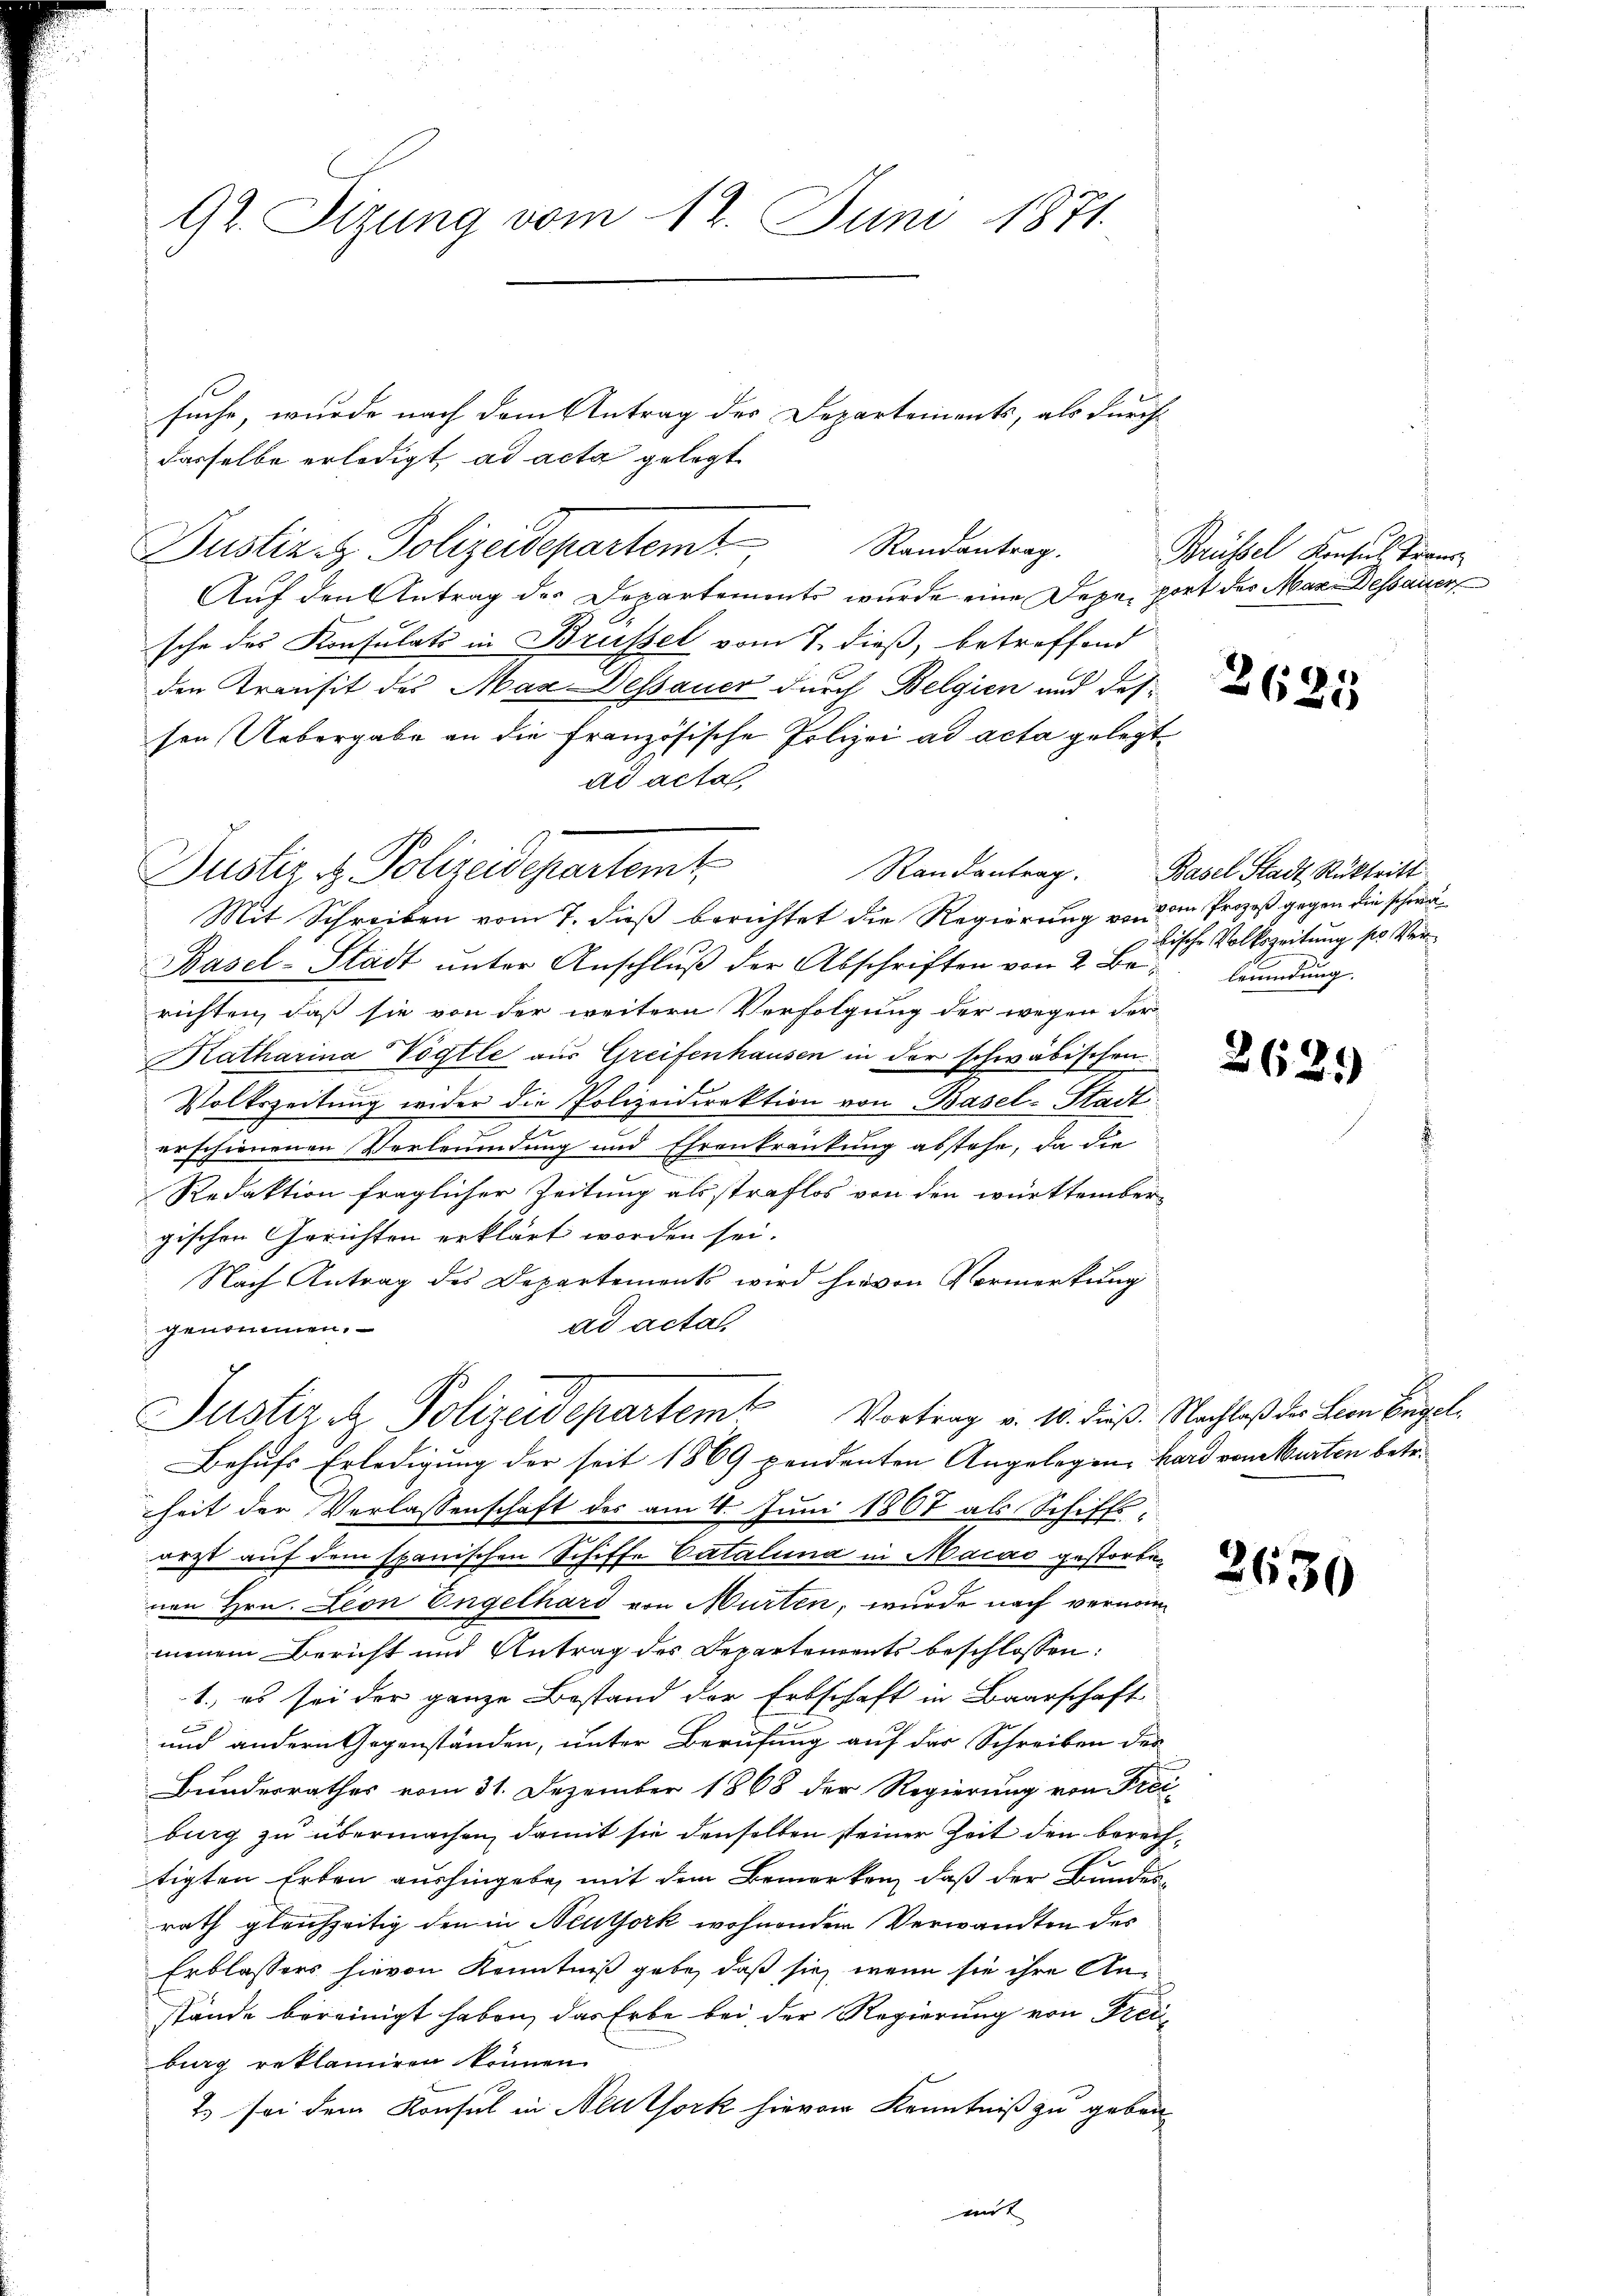
Gr. Sizung vom 12. Juni 1871.

suche, wurde nach dem Antrag des Departements, als durch
dasselbe erledigt, ad acta gelegt
Justiz & Polizeidepartem Randantrag.
Auf den Antrag der Departements wurde eine Depe port der Mar Dessauer
sche des Konsulats in Brüssel vom 7. dieß, betreffend
den Transit des Max Dessauer durch Belgien und des
sen Uebergabe an die französische Polizei ad acta gelegt
ad acta
Randantrag.
Mit Schreiben vom 7. dieß berichtet die Regierung von den Prozeß gegen die schöndi¬
Basel-Stadt unter Anschluß der Abschriften von 2 Beleumdung.
richten, daß sie von der weitern Verfolgung der wegen Ver-
Katharina Vögtle aus Greifenhausen in der schwäbischen
Volkszeitung wider die Polizeidirektion von Basel-Stadt
erschienenen Verleumdung und Ehrenkränkung abstehe, da die
Redaktion fraglicher Zeitung als straflos von den württembergischen Gerichten erklärt worden sei.
Nach Antrag des Departements wird hievon Vormerkung
ad acta
genommen.
Justiz & Polizeidepartem Vortrag v. 10. dieß. Nachlaß der Leon Engel¬
Behufs Erledigung der seit 1869 pendenten Angelegen, Bard von Murten betr.
heit der Verlassenschaft des am 4. Juni 1867 als Schiffs-
arzt auf dem spanischen Schiffe Catalina in Macad gestorben
nen Hrn. Leon Engelhard von Murten, wurde nach vernommenem Bericht und Antrag des Departements beschlossen:
1.) es sei der ganze Bestand der Erbschaft in Baarschaft
d
und andern Gegenständen, unter Berufung auf der Schreiben der
Bundesrathes vom 31. Dezember 1868 der Regierung von Frei-
burg zu übermachen, damit sie denselben steiner Zeit den berechtigten Erben aushingebe, mit dem Bemerken, daß der Bundesrath gleichzeitig den in Neuthork wohnenden Verwandten des
Erblassers hievon Kenntniß gebe, daß sie wenn sie ihre Anstände bereinigt haben, das Erbe bei der Regierung von Freiburg reklamiren können.
2. sei dem Konsul in Neuthork hievon Kenntniß zu geben

Justiz & Polizeidepartemt

Brüssel Konsul Trans

2625

Basel Stadt Rücktritt
bische Volkszeitung so ver¬

263)

2630